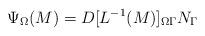
LaTeX: \begin{align*}\Psi_\Omega (M) = D[L^{-1}(M)]_{\Omega \Gamma} N_\Gamma\end{align*}